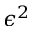
\epsilon ^ { 2 }